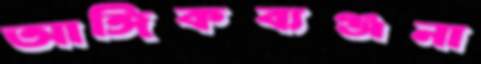
আঙ্গিকব্যঞ্জনা